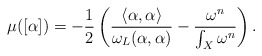
\begin{align*}\mu([\alpha])=-\frac{1}{2}\left(\frac{\langle\alpha,\alpha\rangle}{\omega_{L}(\alpha,\alpha)}-\frac{\omega^{n}}{\int_{X}\omega^{n}}\right).\end{align*}